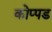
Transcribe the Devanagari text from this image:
कोप्पड